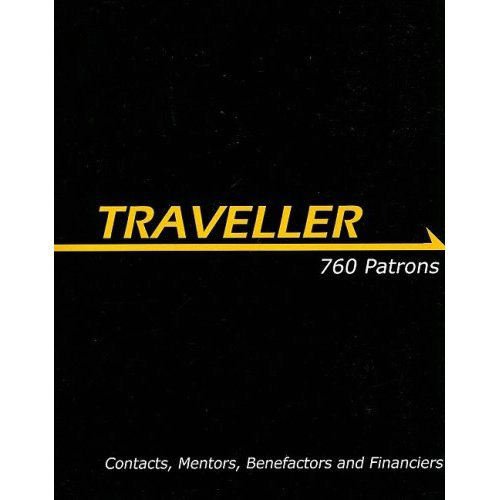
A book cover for Traveller: 760 Patrons (Traveller Sci-Fi Roleplaying); Bryan Steele; Science Fiction & Fantasy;